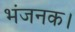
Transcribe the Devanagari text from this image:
भंजनक।